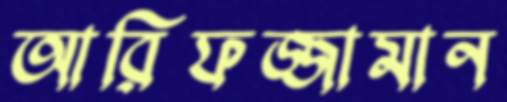
আরিফজ্জামান